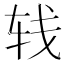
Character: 𰹼